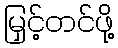
မြှင့်တင်ဖို့